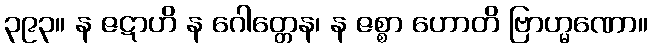
၃၉၃။ န ဇဋာဟိ န ဂေါတ္တေန၊ န ဇစ္စာ ဟောတိ ဗြာဟ္မဏော။